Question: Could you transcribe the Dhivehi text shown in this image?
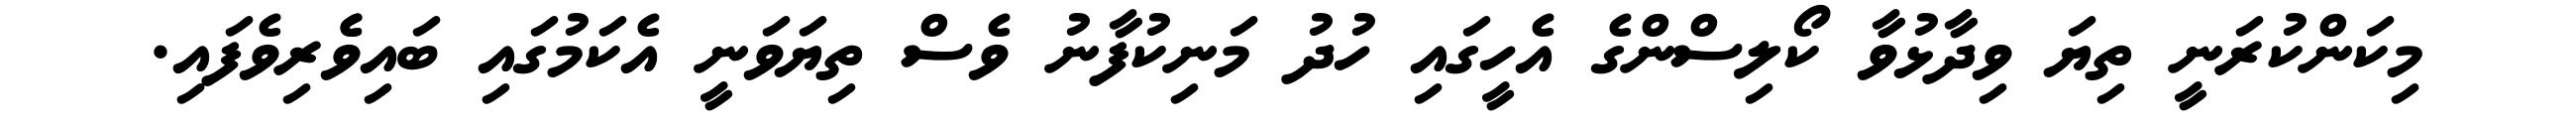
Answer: މިކަންކުރަނީ ތިޔަ ވިދާޅުވާ ކޯލިސްންގެ އެހީގައި ހުދު މަނިކުފާނު ވެސް ތިޔަވަނީ އެކަމުގައި ބައިވެެރިވެފައި.